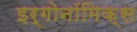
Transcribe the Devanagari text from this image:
इर्गोनॉमिक्स